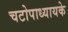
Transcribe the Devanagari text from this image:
चटोपाध्यायके